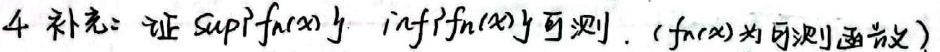
4. 补充：证\(\sup\{f_n(x)\}\)与\(\inf\{f_n(x)\}\)可测。（\(f_n(x)\)为可测函数）